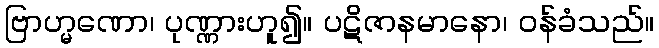
ဗြာဟ္မဏော၊ ပုဏ္ဏားဟူ၍။ ပဋိဇာနမာနော၊ ဝန်ခံသည်။